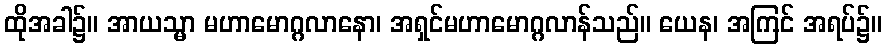
ထိုအခါ၌။ အာယသ္မာ မဟာမောဂ္ဂလာနော၊ အရှင်မဟာမောဂ္ဂလာန်သည်။ ယေန၊ အကြင် အရပ်၌။